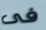
فى